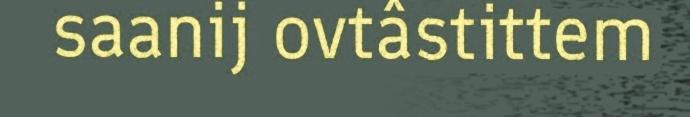
saanij ovtâstittem